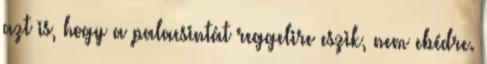
azt is, hogy a palacsintát reggelire eszik, nem ebédre.